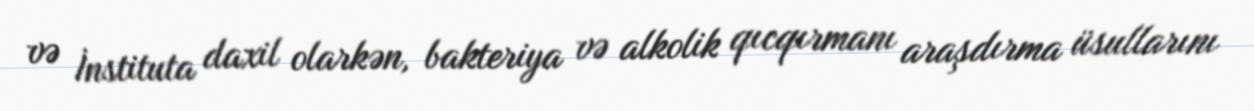
və İnstituta daxil olarkən, bakteriya və alkolik qıcqırmanı araşdırma üsullarını